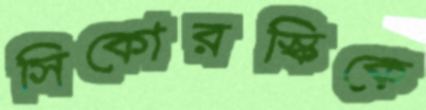
সিকোরস্কিকে